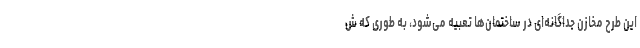
این طرح مخازن جداگانه‌ای در ساختمان‌ها تعبیه می‌شود، به طوری که ش